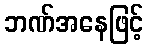
ဘဏ်အနေဖြင့်